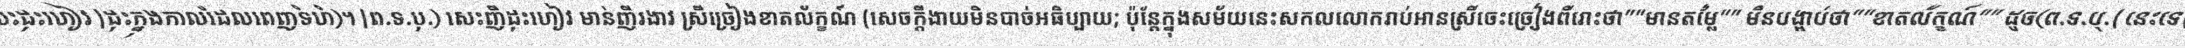
សេះដុះហៀវ (ដុះក្នុងកាលដែលពេញទំហំ)។ (ព.ទ.បុ.) សេះញីដុះហៀវ មាន់ញីរងាវ ស្រីច្រៀងខាតល័ក្ខណ៍ (សេចក្តីងាយមិនបាច់អធិប្បាយ; ប៉ុន្តែក្នុងសម័យនេះសកលលោករាប់អានស្រីចេះច្រៀងពីរោះថា"មានតម្លៃ" មិនបង្អាប់ថា"ខាតល័ក្ខណ៍" ដូច(ព.ទ.បុ.) នេះទេ)។